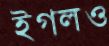
ইগলও